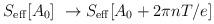
LaTeX: \begin{align*}S_{\rm eff}[A_0]~\rightarrow S_{\rm eff}[A_0+ 2\pi n T/e]\end{align*}